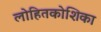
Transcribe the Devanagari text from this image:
लोहितकोशिका